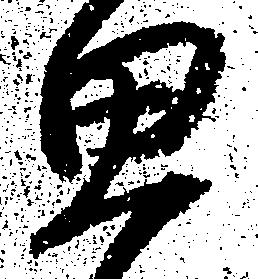
思